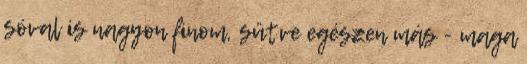
sóval is nagyon finom, sütve egészen más - maga